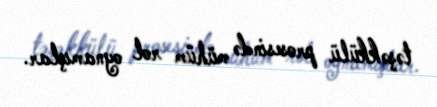
təşəkkülü prosesində mühüm rol oynamışlar.